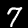
Label: 7